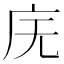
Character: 庑